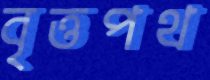
বৃত্তপথ